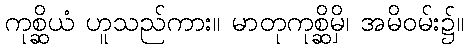
ကုစ္ဆိယံ ဟူသည်ကား။ မာတုကုစ္ဆိမှိ၊ အမိဝမ်း၌။